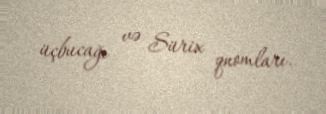
üçbucağı və Sürix qnomları.